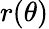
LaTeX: r(\theta)